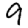
Digit: 9